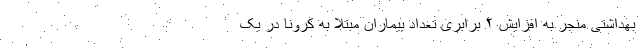
بهداشتی منجر به افزایش ۲ برابری تعداد بیماران مبتلا به کرونا در یک